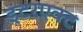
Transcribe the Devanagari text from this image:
इंटरएक्ट